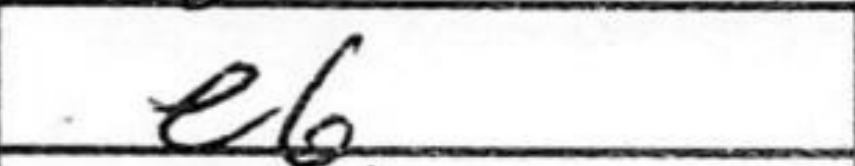
Transcription: e6